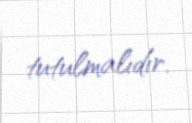
tutulmalıdır.